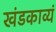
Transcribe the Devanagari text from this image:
खंडकाव्यं